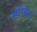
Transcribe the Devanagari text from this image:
स्पीकेन